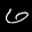
Label: 6